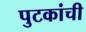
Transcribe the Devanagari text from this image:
पुटकांची